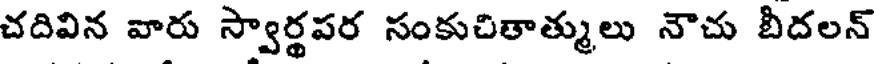
చదివిన వారు స్వార్థపర సంకుచితాత్ములు నౌచు బీదలన్